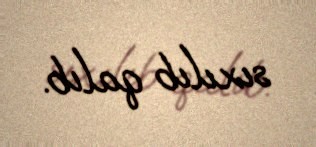
sıxılıb qalıb.